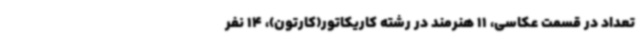
تعداد در قسمت عکاسی، 11 هنرمند در رشته کاریکاتور(کارتون)، 14 نفر